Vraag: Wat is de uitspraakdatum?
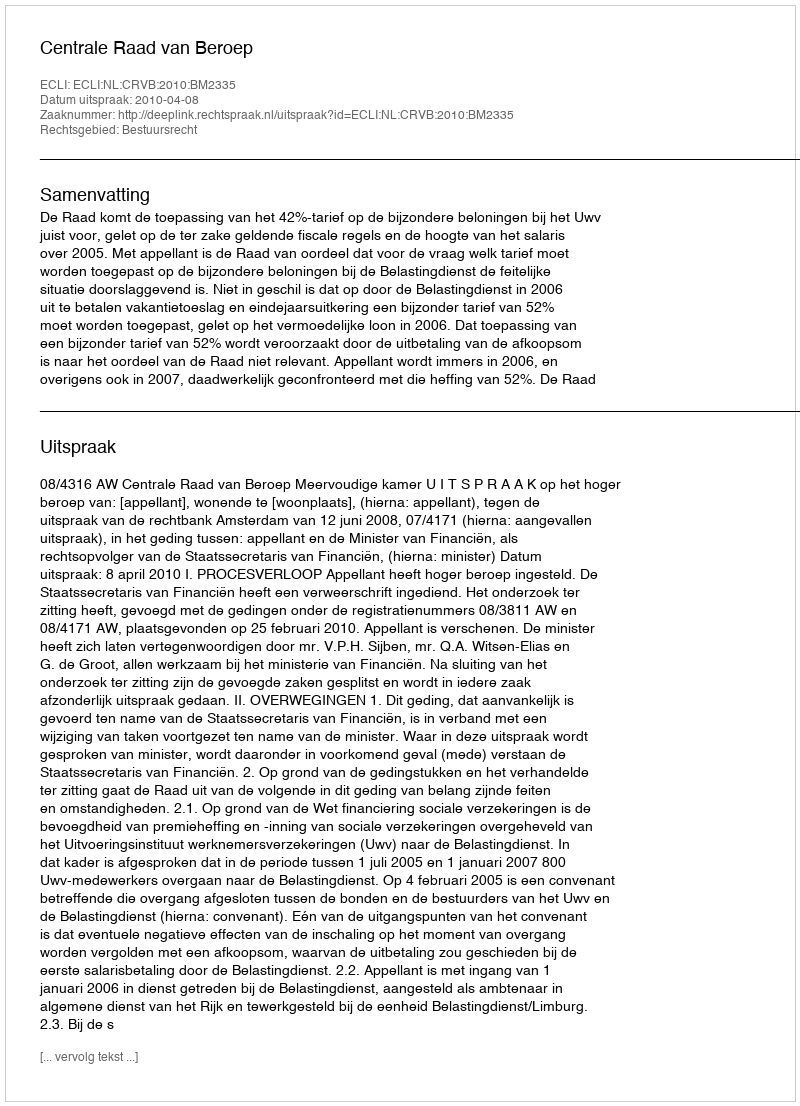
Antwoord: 2010-04-08